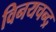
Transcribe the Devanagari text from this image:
विनयचन्द्र